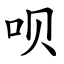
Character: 呗